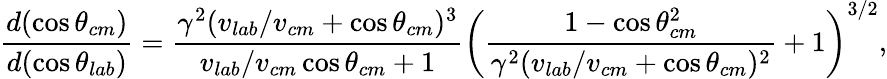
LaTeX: \frac{d(\cos\theta_{cm})}{d(\cos\theta_{lab})}=\frac{\gamma^{2}(v_{lab}/v_{cm}+\cos\theta_{cm})^{3}}{v_{lab}/v_{cm}\cos\theta_{cm}+1}\left(\frac{1-\cos\theta_{cm}^{2}}{\gamma^{2}(v_{lab}/v_{cm}+\cos\theta_{cm})^{2}}+1\right)^{3/2},